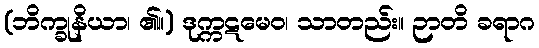
(ဘိက္ခုနိယာ၊ ၏။) ဒုက္ကဋမေဝ၊ သာတည်း။ ဉာတိ ခရာဂ